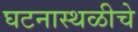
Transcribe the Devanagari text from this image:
घटनास्थळीचे